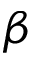
\beta